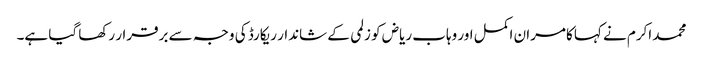
محمد اکرم نے کہا کامران اکمل اور وہاب ریاض کو زلمی کے شاندار ریکارڈ کی وجہ سے برقرار رکھا گیا ہے۔